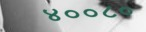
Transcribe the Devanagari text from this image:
४००८०